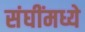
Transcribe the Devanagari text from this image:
संघींमध्ये